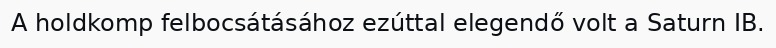
A holdkomp felbocsátásához ezúttal elegendő volt a Saturn IB.